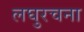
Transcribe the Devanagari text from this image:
लघुरचना